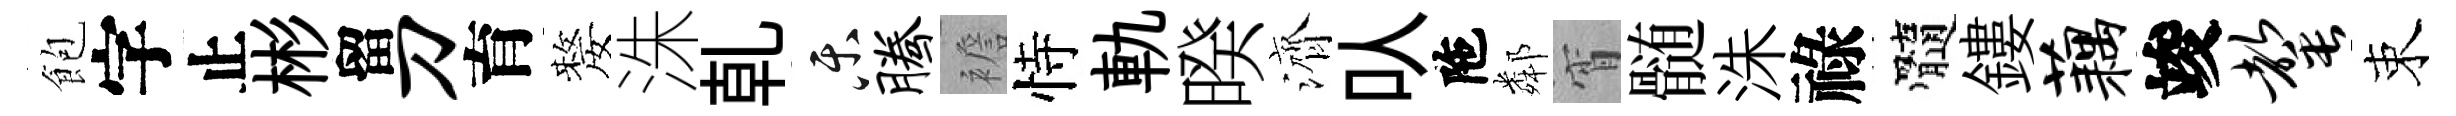
飽字止彬留刀育嫠洙乹乐腾襜恃軌暌濟㕥陁鄰宵髄洙祿髓鏤藕竣罄束